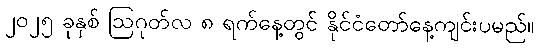
၂၀၂၅ ခုနှစ် ဩဂုတ်လ ၈ ရက်နေ့တွင် နိုင်ငံတော်နေ့ကျင်းပမည်။